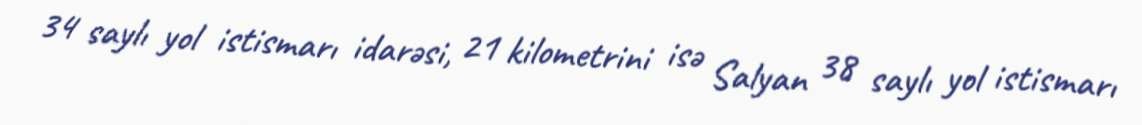
34 saylı yol istismarı idarəsi, 21 kilometrini isə Salyan 38 saylı yol istismarı